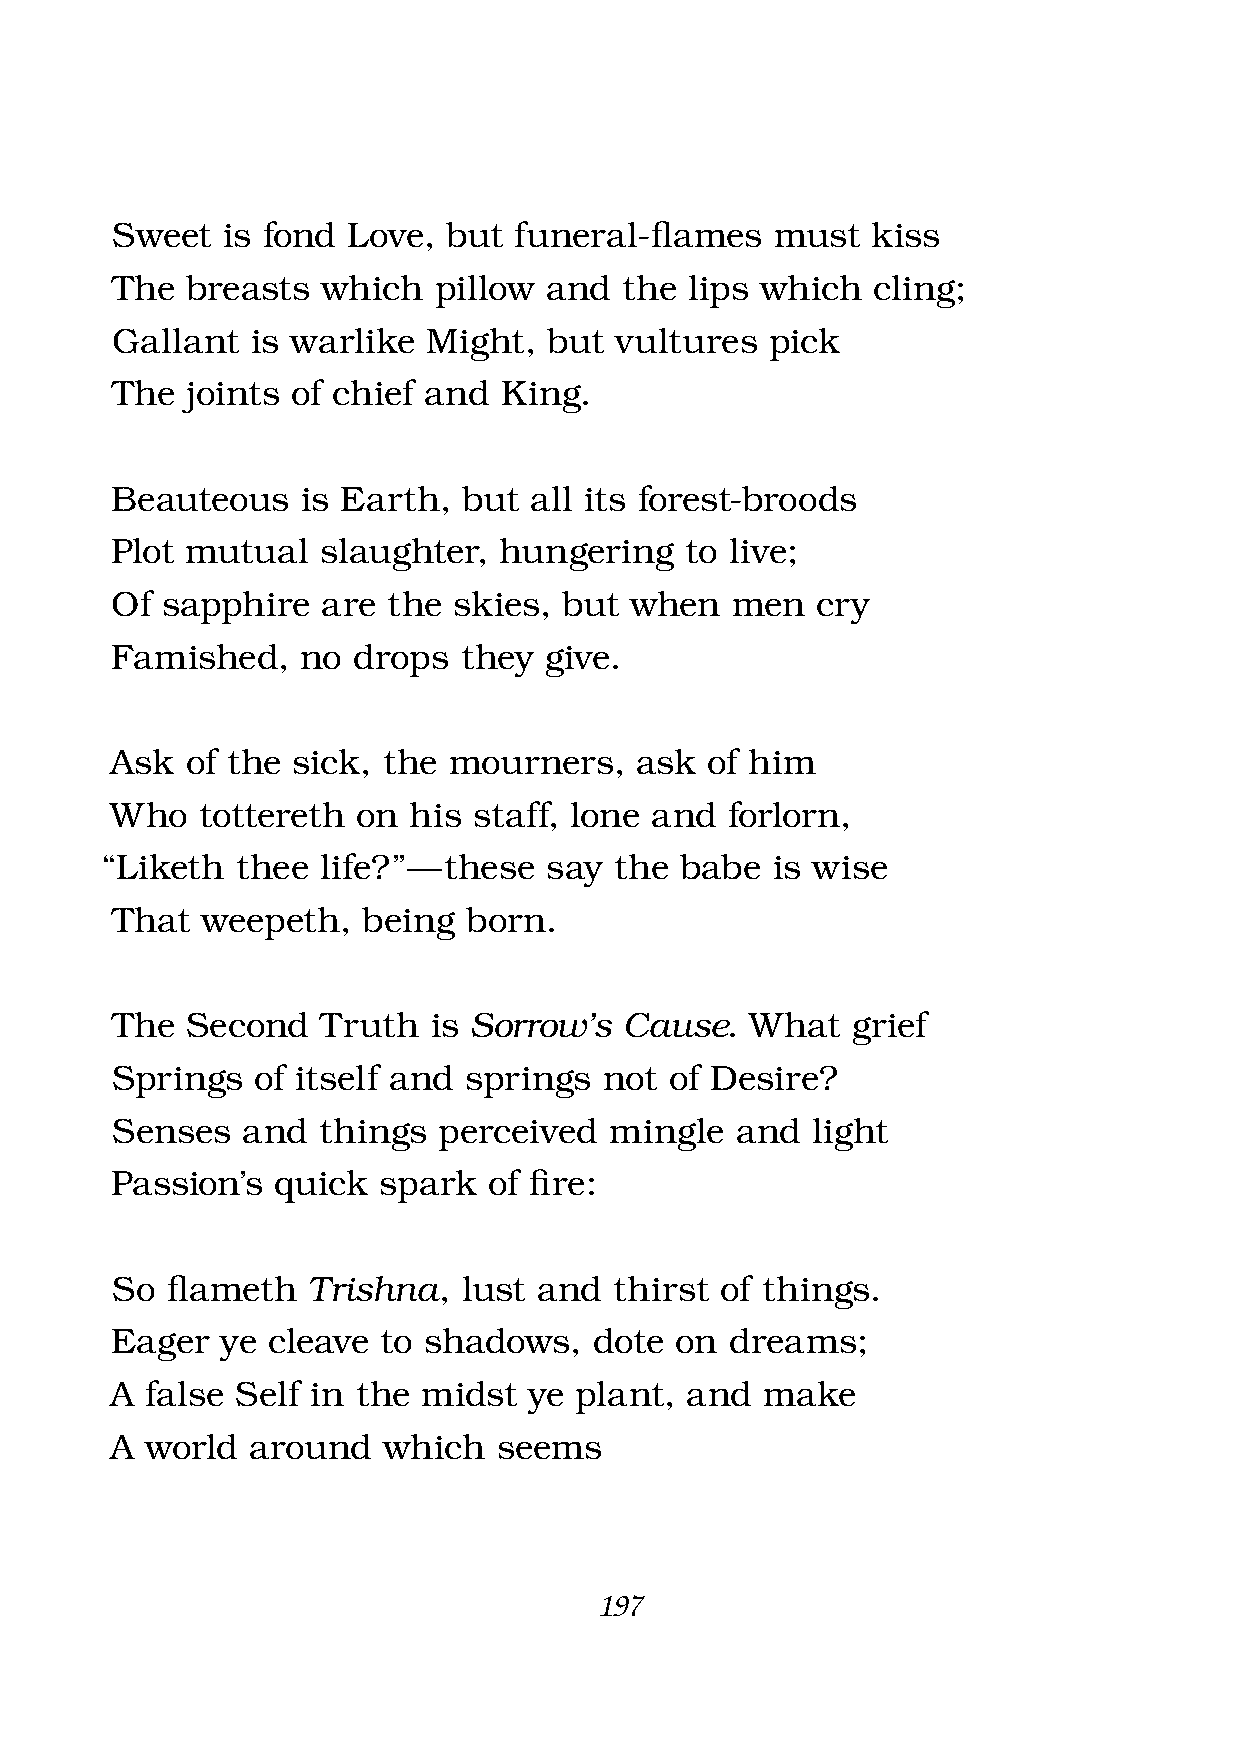
Sweet   is fond Love,  but funeral-fl ames  must   kiss
 The  breasts  which   pillow and  the  lips which  cling;
 Gallant   is warlike Might,  but  vultures  pick
 The  joints of chief and  King.
 Beauteous    is Earth,  but all its forest-broods
 Plot mutual   slaughter,  hungering   to live;
 Of  sapphire  are  the skies, but  when  men   cry
 Famished,    no drops  they  give.
 Ask  of the sick, the  mourners,   ask  of him
 Who   tottereth  on his staff, lone and  forlorn,
 “Liketh  thee life?” — these say  the babe  is wise
 That  weepeth,   being  born.
 The  Second   Truth  is Sorrow’s  Cause.   What  grief
 Springs   of itself and springs  not of Desire?
 Senses   and  things  perceived  mingle   and  light
 Passion’s  quick  spark  of fi re:
 So  fl ameth Trishna,   lust and  thirst of things.
 Eager   ye cleave to shadows,   dote  on dreams;
 A  false Self in the midst  ye plant, and   make
 A  world around   which   seems
 197